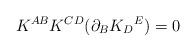
LaTeX: \begin{align*} K^{A B} K^{C D} (\partial_B K_D{}^E) = 0\end{align*}